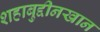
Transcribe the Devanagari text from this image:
शहाबुद्दीनखान